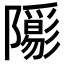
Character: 𨽑